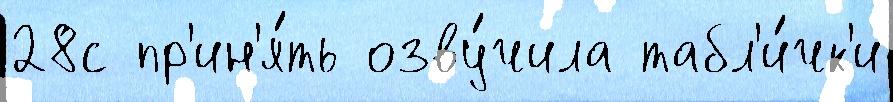
28с пр'ин'я́ть озву́чила табл'и́чк'и